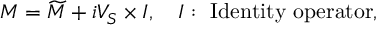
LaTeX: M = \widetilde { M } + i { \cal V } _ { S } \times I , \quad I : \ \mathrm { I d e n t i t y ~ o p e r a t o r } ,